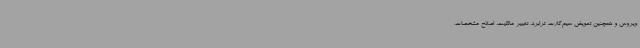
ویروس و همچنین تعویض سیم‌کارت، ترابرد، تغییر مالکیت، اصلاح مشخصات،